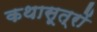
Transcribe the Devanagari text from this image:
कथासूत्रों